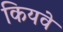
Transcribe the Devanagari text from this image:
कियवे